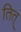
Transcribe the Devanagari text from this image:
तित्